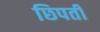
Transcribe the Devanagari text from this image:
छिपती